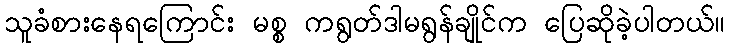
သူခံစားနေရကြောင်း မစ္စ ကရွတ်ဒါမရွန်ချိုင်က ပြေဆိုခဲ့ပါတယ်။